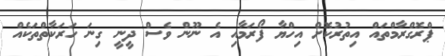
ޕްރޮގްރާމްތައް އިތުރުކޮށް އިހްޔާ ފޯރަމާއި އެ ނޫން ވެސް ދީނީ ގިނަ ހަރަކާތްތަކެއް